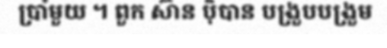
ប្រាំមួយ ។ ពួក ស៊ាន ប៉ិបាន បង្រួបបង្រួម